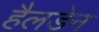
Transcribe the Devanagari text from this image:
हैलडेन